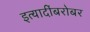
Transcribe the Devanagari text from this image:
इत्यादींबरोबर